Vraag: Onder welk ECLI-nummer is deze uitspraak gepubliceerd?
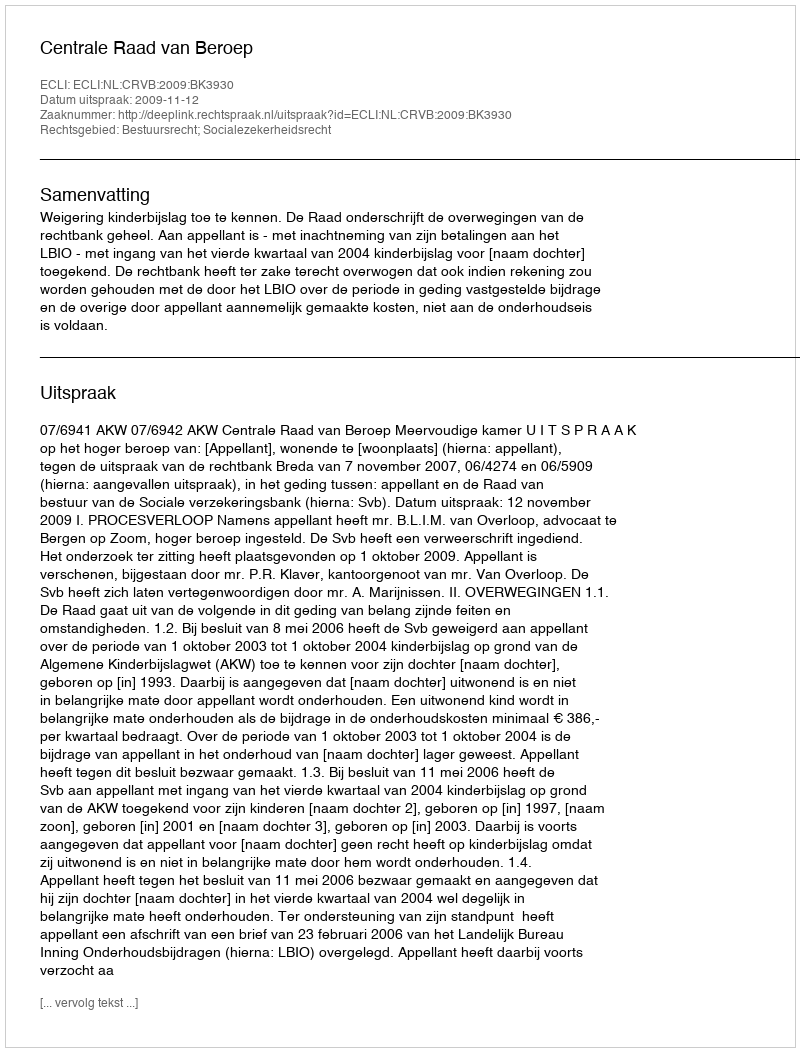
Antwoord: ECLI:NL:CRVB:2009:BK3930